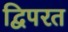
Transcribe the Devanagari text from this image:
द्विपरत